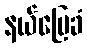
နယ်မြေခံ